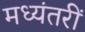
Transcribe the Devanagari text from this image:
मध्यंतरीं